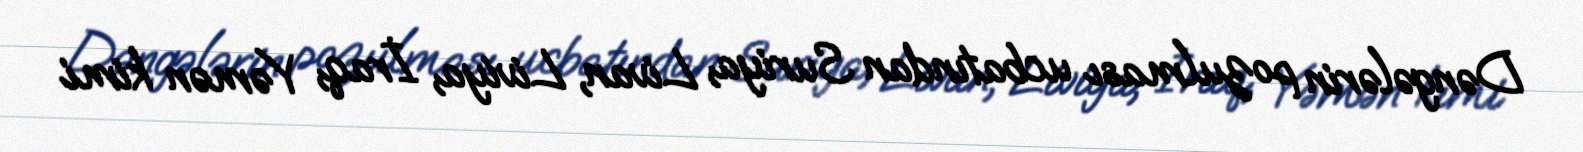
Dəngələrin pozulması ucbatından Suriya, Livan, Liviya, İraq, Yəmən kimi